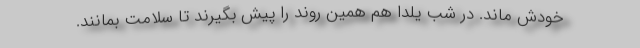
خودش ماند. در شب یلدا هم همین روند را پیش بگیرند تا سلامت بمانند.